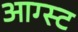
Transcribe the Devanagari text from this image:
आग्‍स्‍ट